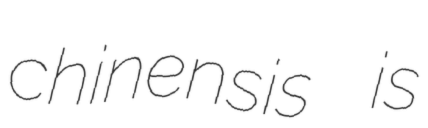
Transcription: chinensis is